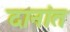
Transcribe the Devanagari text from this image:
दानांत